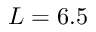
L = 6 . 5